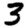
Digit: 3